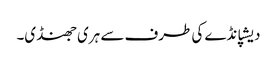
دیشپانڈے کی طرف سے ہری جھنڈی۔